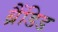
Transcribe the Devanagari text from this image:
ब्रैंडिड